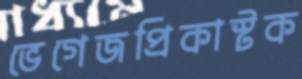
ভেগেজপ্রিকাস্টক